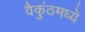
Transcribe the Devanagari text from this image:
वैकुंठमध्ये